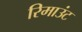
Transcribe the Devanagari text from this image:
रिमाउंट